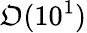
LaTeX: \mathfrak{O}(10^{1})